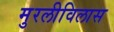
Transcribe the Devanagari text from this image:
मुरलीविलास